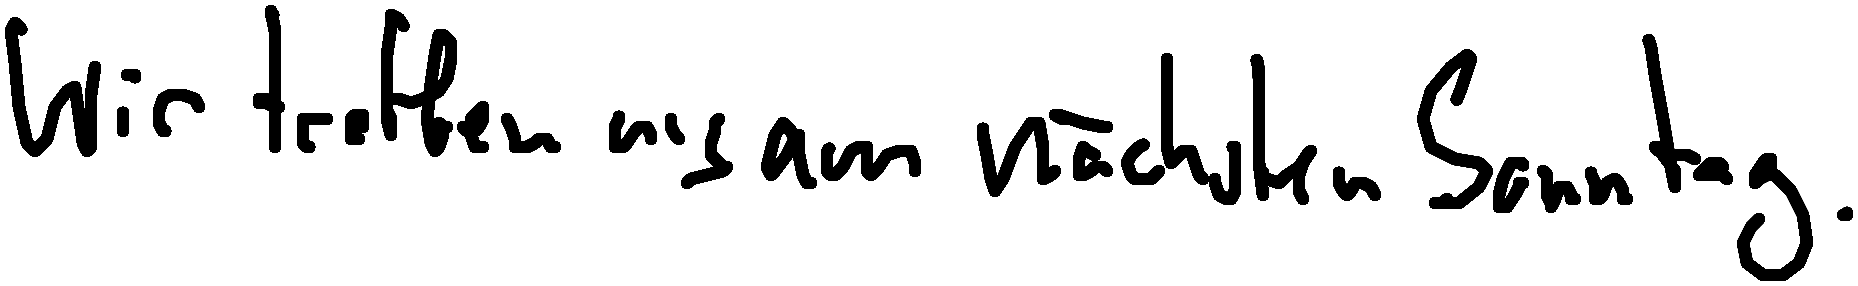
Wir treffen uns am nächsten Sonntag.